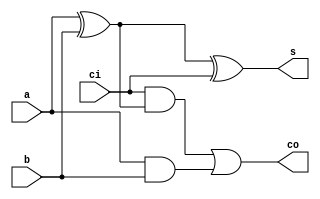
`timescale 1ns / 1ps
//////////////////////////////////////////////////////////////////////////////////
// Company: 
// Engineer: 
// 
// Design Name: 
// Module Name: full_adder_1
// Project Name: 
// Target Devices: 
// Tool Versions: 
// Description: 
// 
// Dependencies: 
// 
// Revision:
// Revision 0.01 - File Created
// Additional Comments:
// 
//////////////////////////////////////////////////////////////////////////////////


module full_adder_1(
    input a,b,ci,
    output co,s
    );
    assign s = a^b^ci;
    assign co = (ci&(a^b)) | (a&b);
endmodule